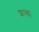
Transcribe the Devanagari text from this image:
शाखा़